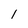
Character: 1